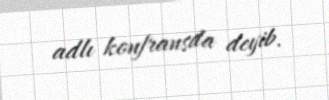
adlı konfransda deyib.